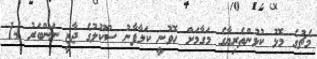
މެޗުގެ މޮޅު ކުޅުންތެރިޔާގެ މަގާމަށް ހޮވުނީ ކަލާފާނު ސްކޫލުގެ ޖާޒީ ނަންބަރު 14